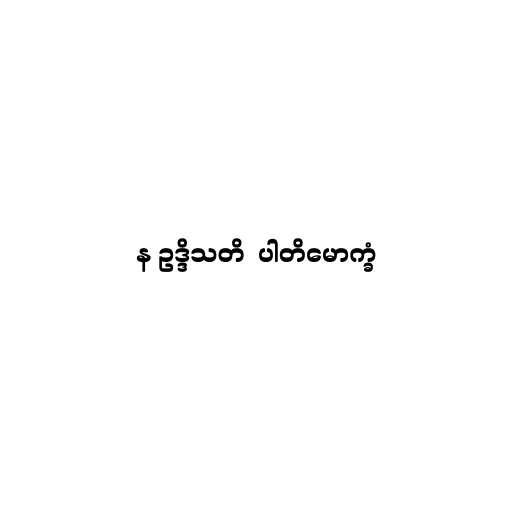
န ဥဒ္ဒိသတိ  ပါတိမောက္ခံ